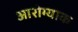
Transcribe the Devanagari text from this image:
आरोग्याक